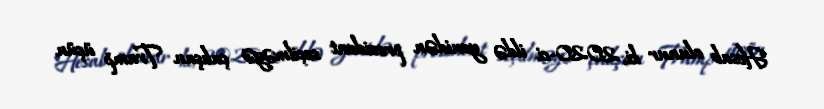
Hesab olunur ki, 2020-ci ildə yenidən prezident seçilməyə çalışan Tramp üçün